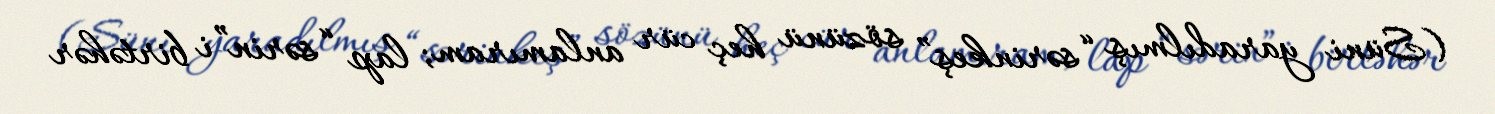
(Süni yaradılmış “sərinkeş” sözünü heç cür anlamıram; lap “sərin”i birtəhər